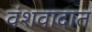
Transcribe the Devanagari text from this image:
वंशवादात